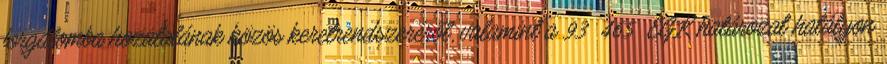
forgalomba hozatalának közös keretrendszeréről, valamint a 93 465 EGK határozat hatályon